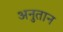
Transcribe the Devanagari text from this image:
अनुतान